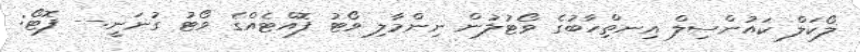
ލޯކަލް ކައުންސިލް އިނތިްހާބުގެ ވޯޓުލުން ނިންމާލި ވޯޓު ފޮއްޓެއްގެ ވޯޓު ގުނަނީ.-- ފޮޓޯ: